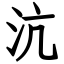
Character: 沆